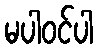
မပါဝင်ပါ